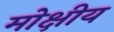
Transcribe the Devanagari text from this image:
मोक्षीय